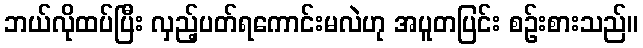
ဘယ်လိုထပ်ပြီး လှည့်ပတ်ရကောင်းမလဲဟု အပူတပြင်း စဉ်းစားသည်။